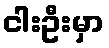
ငါးဦးမှာ